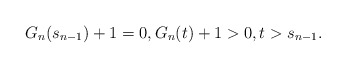
\begin{align*}G_n(s_{n-1})+1=0, G_n(t)+1>0,t>s_{n-1}.\end{align*}